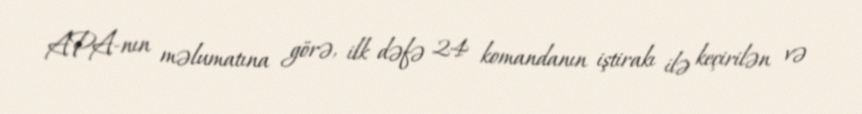
APA-nın məlumatına görə, ilk dəfə 24 komandanın iştirakı ilə keçirilən və